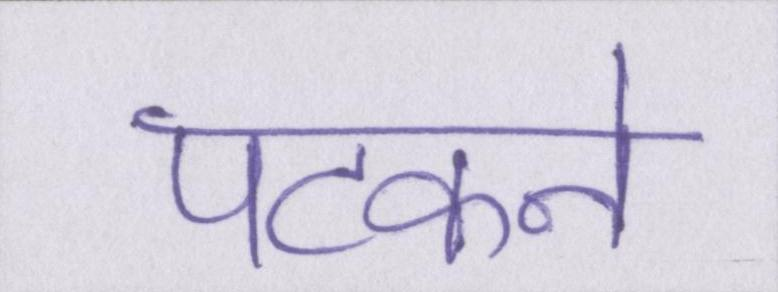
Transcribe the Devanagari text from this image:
पटकने